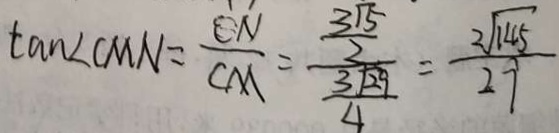
\tan \angle C M N = \frac { C N } { C M } = \frac { \frac { 3 \sqrt { 5 } } { 2 } } { \frac { 3 \sqrt { 2 9 } } { 4 } } = \frac { 2 \sqrt { 1 4 5 } } { 2 9 }